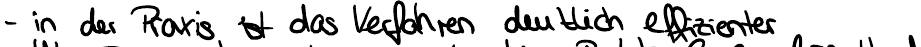
- in der Praxis ist das Verfahren deutlich effizienter